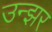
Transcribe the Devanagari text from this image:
उन्झर